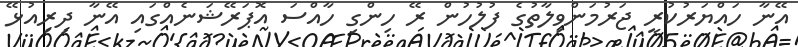
އޭނާ ހައްޔަރުކުރީ ޖަރުމަންވިލާތުގެ ފުލުހުން ރޭ ހިންގި ހާއްސަ އޮޕަރޭޝަނެއްގައި އޭނާ ދިރިއުޅޭ